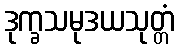
ဒုက္ခသမုဒယသုတ္တံ